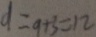
d = 9 + 3 = 1 2